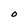
Character: O